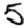
Digit: 5